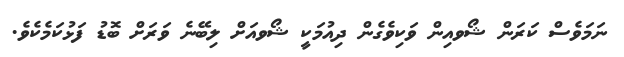
ނަމަވެސް ކަރަން ޝޯވއިން ވަކިވެގެން ދިއުމަކީ ޝޯވއަށް ލިބޭނެ ވަރަށް ބޮޑު ފަޅުކަމެކެވެ.